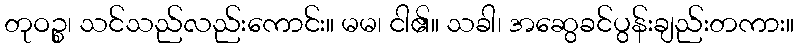
တုဝဉ္စ၊ သင်သည်လည်းကောင်း။ မမ၊ ငါ၏။ သခါ၊ အဆွေခင်ပွန်းချည်းတကား။